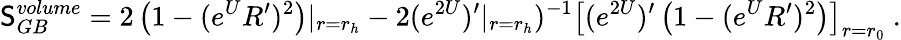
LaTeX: \mathsf{S}_{GB}^{volume}=2\left(1-(e^{U}R^{\prime})^{2}\right)|_{r=r_{h}}-2(e^{2U})^{\prime}|_{r=r_{h}})^{-1}\left[(e^{2U})^{\prime}\left(1-(e^{U}R^{\prime})^{2}\right)\right]_{r=r_{0}}\ .